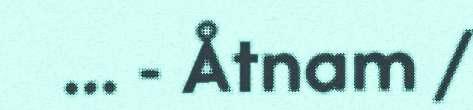
... - Åtnam /